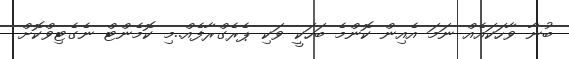
ބުނާ ވާހަކައެއް ނަމަ އެއިން ކޮންމެ ބަހަކީ ވަކި ޕެރެގްރާފެއް..މި ކޮމެންޓް ނެގެޓިވްކޮށް